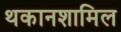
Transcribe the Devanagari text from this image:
थकानशामिल